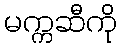
မက္ကဆီကို